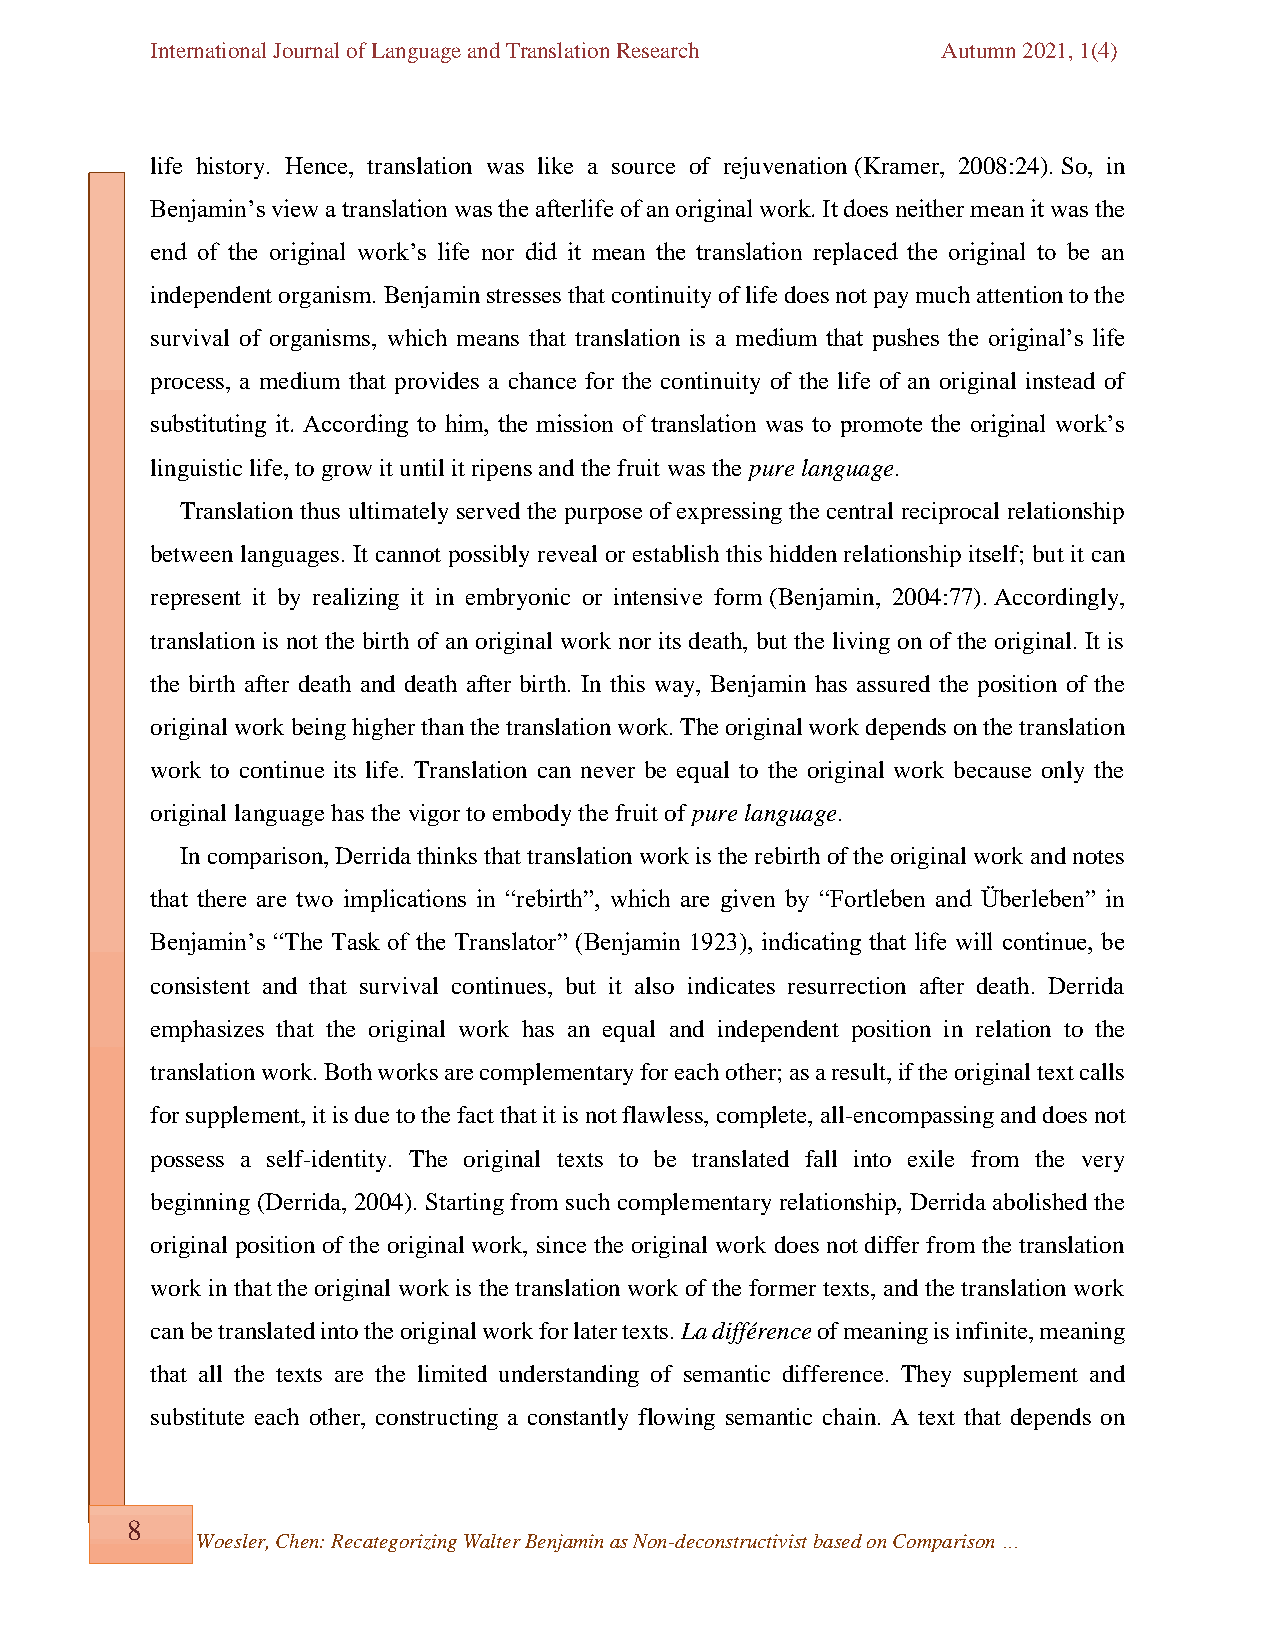
International Journal of Language and Translation Research Autumn 2021, 1(4)
 life history. Hence, translation was like a source of rejuvenation (Kramer, 2008:24). So, in
 Benjamin’s view a translation was the afterlife of an original work. It does neither mean it was the
 end of the original work’s life nor did it mean the translation replaced the original to be an
 independent organism. Benjamin stresses that continuity of life does not pay much attention to the
 survival of organisms, which means that translation is a medium that pushes the original’s life
 process, a medium that provides a chance for the continuity of the life of an original instead of
 substituting it. According to him, the mission of translation was to promote the original work’s
 linguistic life, to grow it until it ripens and the fruit was the pure language.
 Translation thus ultimately served the purpose of expressing the central reciprocal relationship
 between languages. It cannot possibly reveal or establish this hidden relationship itself; but it can
 represent it by realizing it in embryonic or intensive form (Benjamin, 2004:77). Accordingly,
 translation is not the birth of an original work nor its death, but the living on of the original. It is
 the birth after death and death after birth. In this way, Benjamin has assured the position of the
 original work being higher than the translation work. The original work depends on the translation
 work to continue its life. Translation can never be equal to the original work because only the
 original language has the vigor to embody the fruit of pure language.
 In comparison, Derrida thinks that translation work is the rebirth of the original work and notes
 that there are two implications in “rebirth”, which are given by “Fortleben and Überleben” in
 Benjamin’s “The Task of the Translator” (Benjamin 1923), indicating that life will continue, be
 consistent and that survival continues, but it also indicates resurrection after death. Derrida
 emphasizes that the original work has an equal and independent position in relation to the
 translation work. Both works are complementary for each other; as a result, if the original text calls
 for supplement, it is due to the fact that it is not flawless, complete, all-encompassing and does not
 possess a self-identity. The original texts to be translated fall into exile from the very
 beginning (Derrida, 2004). Starting from such complementary relationship, Derrida abolished the
 original position of the original work, since the original work does not differ from the translation
 work in that the original work is the translation work of the former texts, and the translation work
 can be translated into the original work for later texts. La différence of meaning is infinite, meaning
 that all the texts are the limited understanding of semantic difference. They supplement and
 substitute each other, constructing a constantly flowing semantic chain. A text that depends on
 8
 Woesler, Chen: Recategorizing Walter Benjamin as Non-deconstructivist based on Comparison …